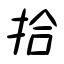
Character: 拾